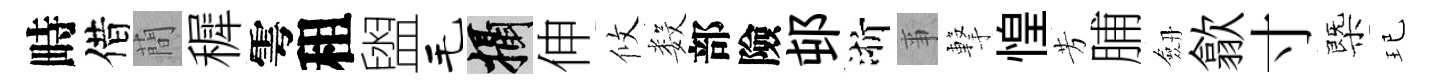
畤借蕳穉雩租盥毛攝伸攸数部險邨浙亊撃惶芳脯劔歙寸㮣玘